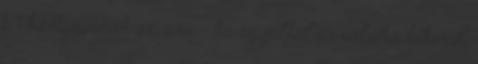
1 1 kártyájának az ára - ha egyáltalán valaha kikerül